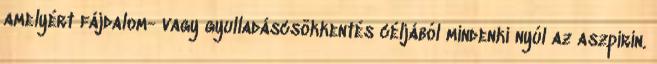
amelyért fájdalom- vagy gyulladáscsökkentés céljából mindenki nyúl az aszpirin.